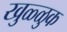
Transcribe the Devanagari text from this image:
खुळ्ळुक